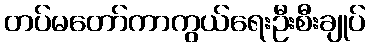
တပ်မတော်ကာကွယ်ရေးဦးစီးချုပ်